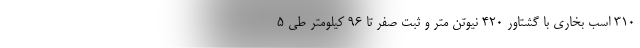
310 اسب بخاری با گشتاور 420 نیوتن متر و ثبت صفر تا 96 کیلومتر طی 5